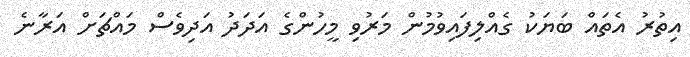
އިތުރު އެތައް ބަޔަކު ގެއްލިފައިވުމުން މަރުވި މީހުންގެ އަދަދު އަދިވެސް މައްޗަށް އަރާނެ